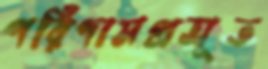
পরিণামপ্রসূত